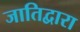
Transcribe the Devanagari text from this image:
जातिद्वारा